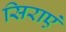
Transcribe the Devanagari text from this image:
सिराएं